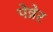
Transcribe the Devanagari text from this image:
पेन्नेर